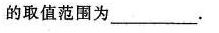
的取值范围为___.